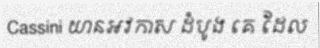
Cassini យានអវកាស ដំបូង គេ ដែល